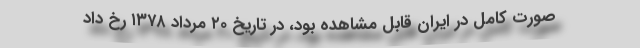
صورت کامل در ایران قابل مشاهده بود، در تاریخ ۲۰ مرداد ۱۳۷۸ رخ داد